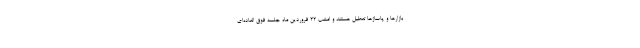
بازارها و پاساژها تعطیل هستند و امشب ۲۲ فروردین ماه جلسه فوق العاده‌ای